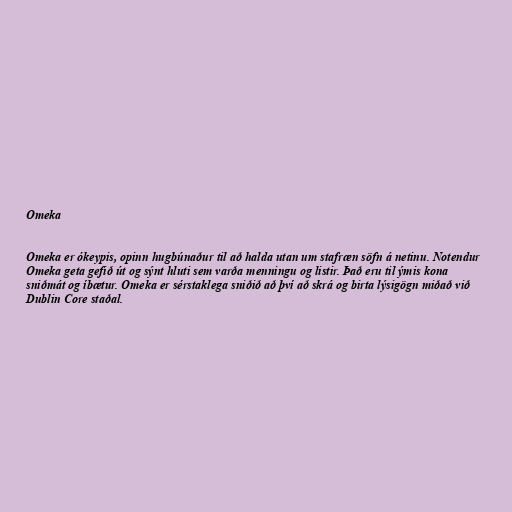
Omeka

Omeka er ókeypis, opinn hugbúnaður til að halda utan um stafræn söfn á netinu. Notendur
Omeka geta gefið út og sýnt hluti sem varða menningu og listir. Það eru til ýmis kona
sniðmát og íbætur. Omeka er sérstaklega sniðið að því að skrá og birta lýsigögn miðað við
Dublin Core staðal.